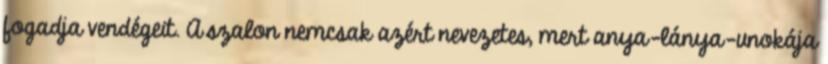
fogadja vendégeit. A szalon nemcsak azért nevezetes, mert anya-lánya-unokája